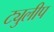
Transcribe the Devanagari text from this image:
ट्युलीप